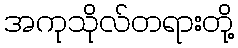
အကုသိုလ်တရားတို့